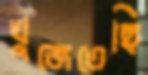
খুজেতেছি